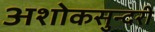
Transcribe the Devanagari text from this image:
अशोकसुन्दरी